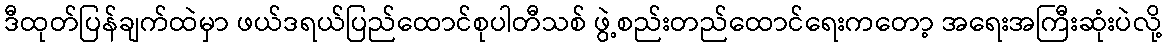
ဒီထုတ်ပြန်ချက်ထဲမှာ ဖယ်ဒရယ်ပြည်ထောင်စုပါတီသစ် ဖွဲ့စည်းတည်ထောင်ရေးကတော့ အရေးအကြီးဆုံးပဲလို့